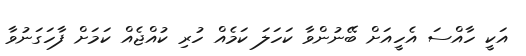
އަކީ ހާއްސަ އެހީއަށް ބޭނުންވާ ކަހަލަ ކަމެއް ހުރި ކުއްޖެއް ކަމަށް ފާހަގަނުވާ